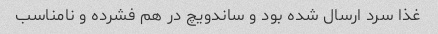
غذا سرد ارسال شده بود و ساندویچ در هم فشرده و نامناسب